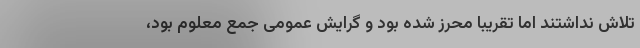
تلاش نداشتند اما تقریبا محرز شده بود و گرایش عمومی جمع معلوم بود،